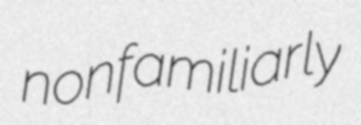
nonfamiliarly